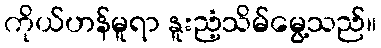
ကိုယ်ဟန်မူရာ နူးညံ့သိမ်မွေ့သည်။